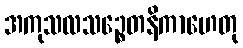
အကုသလသဉ္စေတနိကာဟေတု